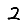
Digit: 2